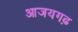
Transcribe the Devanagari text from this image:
आजयगढ़